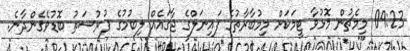
09:23 މިމެޗުން މޮޅުވާ ޓީމަކަށް މިމުބާރާތުގެ ފައިނަލްގެ ޖާގައެއް ލިބުމުގެ ފުރުސަތު ބޮޑުވެގެންދާނެ.